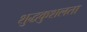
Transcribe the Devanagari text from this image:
शुद्धकुशलता